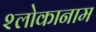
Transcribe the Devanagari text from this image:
श्लोकानाम